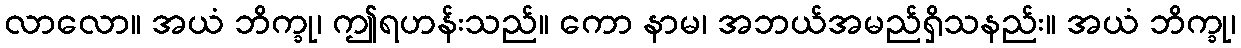
လာလော။ အယံ ဘိက္ခု၊ ဤရဟန်းသည်။ ကော နာမ၊ အဘယ်အမည်ရှိသနည်း။ အယံ ဘိက္ခု၊